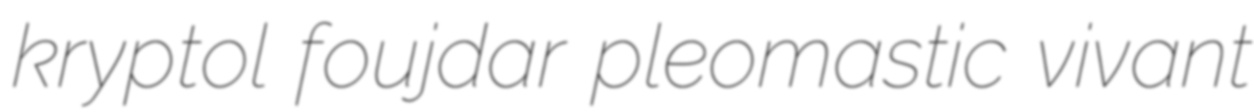
kryptol foujdar pleomastic vivant